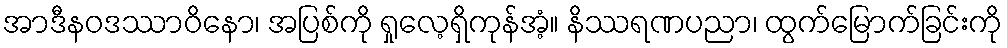
အာဒီနဝဒဿာဝိနော၊ အပြစ်ကို ရှုလေ့ရှိကုန်အံ့။ နိဿရဏပညာ၊ ထွက်မြောက်ခြင်းကို